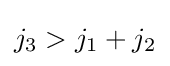
j_{3}>j_{1}+j_{2}